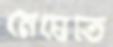
মেঘেতে